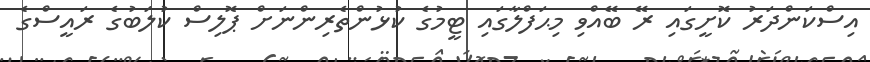
އިސްކަންދަރު ކޮށީގައި ރޭ ބޭއްވި މިޙަފްލާގައި ޓީމުގެ ކުޅުންތެރިންނަށް ޕޮލިސް ކުލަބުގެ ރައީސްގެ